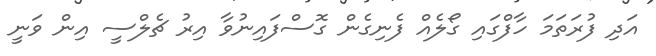
އަދި ފުރަތަމަ ހާފްގައި ގޯލެއް ފެނިގެން ގޮސްފައިނުވާ އިރު ޗެލްސީ އިން ވަނީ